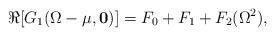
LaTeX: \begin{align*}\Re[G_1(\Omega-\mu,{\mathbf 0})]=F_0+F_1+F_2(\Omega^2),\end{align*}